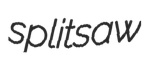
splitsaw